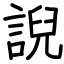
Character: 誽